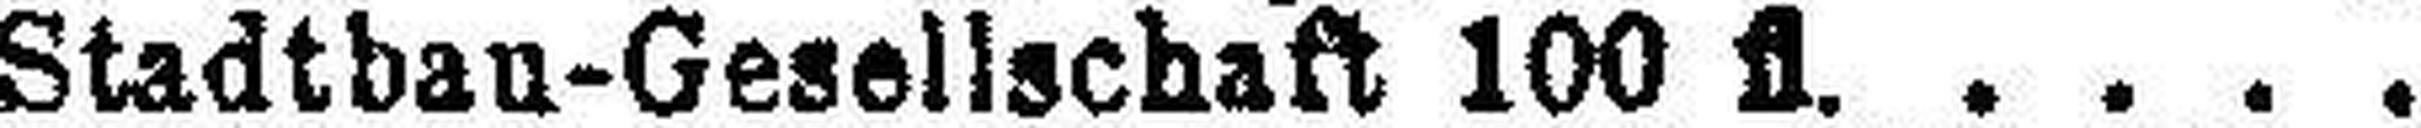
Stadtbau-Gesellschaft 100 fl.